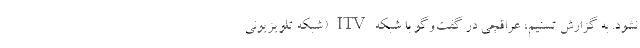
نشود. به گزارش تسنیم، عراقچی در گفت‌وگو با شبکه ITV (شبکه تلویزیونی